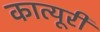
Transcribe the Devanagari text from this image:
कात्यूरी